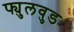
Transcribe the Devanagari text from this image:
फ्युलवुड